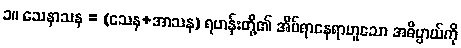
၁။ သေနာသန = (သေန+အာသန) ရဟန်းတို့၏ အိပ်ရာနေရာဟူသော အဓိပ္ပာယ်ကို